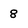
Character: 8